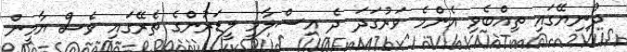
ދުނިޔޭގައި ތިއްބެވި އެންމެ ވަރުގަދަ ދެ އިސްލާމީ ލީޑަރުންގެ ތެރޭގައި ވެސް ޔާމީން